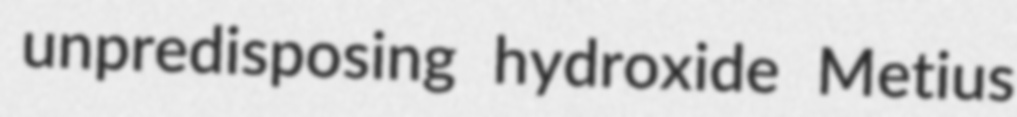
unpredisposing hydroxide Metius